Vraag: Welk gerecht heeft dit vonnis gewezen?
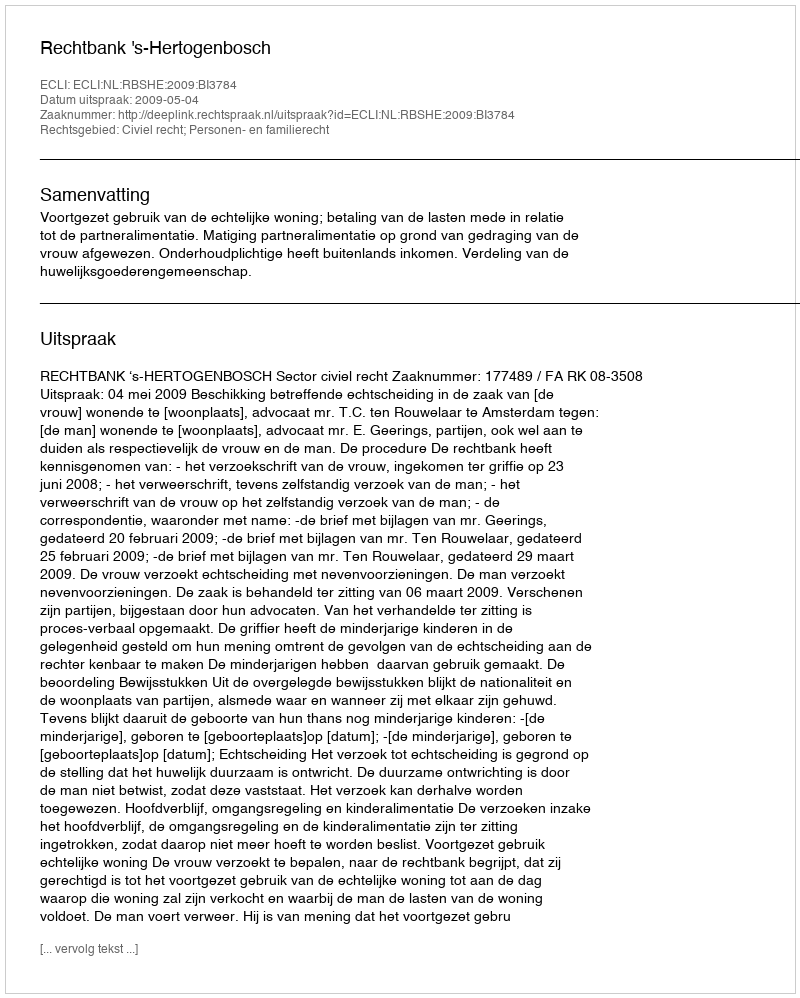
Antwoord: Rechtbank 's-Hertogenbosch